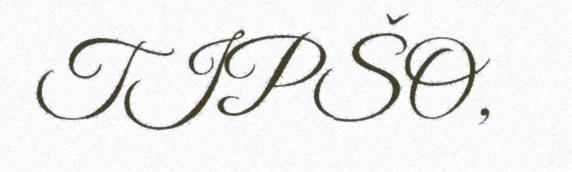
TIPŠO,